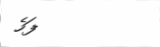
ފަހެ